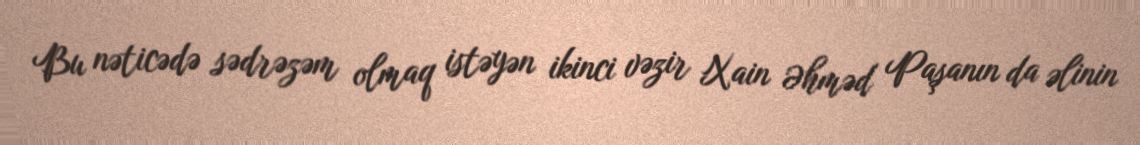
Bu nəticədə sədrəzəm olmaq istəyən ikinci vəzir Xain Əhməd Paşanın da əlinin